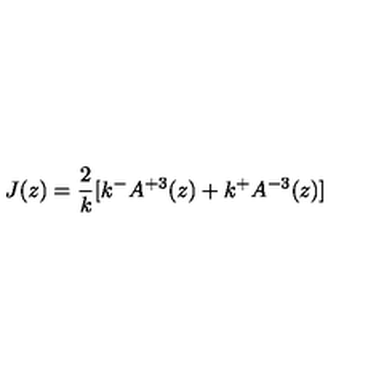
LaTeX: J ( z ) = \frac { 2 } { k } [ k ^ { - } A ^ { + 3 } ( z ) + k ^ { + } A ^ { - 3 } ( z ) ]